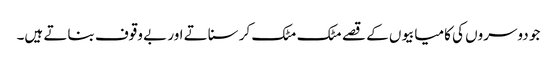
جو دوسروں کی کامیابیوں کے قصے مٹک مٹک کر سناتے اور بے وقوف بناتے ہیں۔